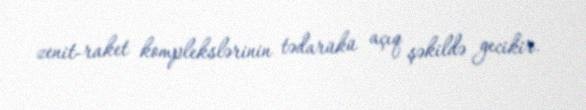
zenit-raket komplekslərinin tədarükü açıq şəkildə gecikir.